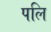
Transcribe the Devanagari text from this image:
पलि